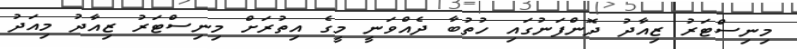
މިނިސްޓަރު ޒިއާދު ދޮންފަނުގައި ހުތުބާ ދެއްވަނީ މީގެ އިތުރަށް މިނިސްޓަރު ޒިއާދު މިއަދު